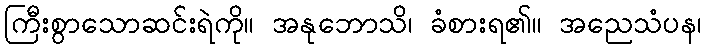
ကြီးစွာသောဆင်းရဲကို။ အနုဘောသိ၊ ခံစားရ၏။ အညေသံပန၊